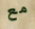
مع